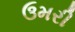
ઉમરી